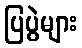
ပြပွဲများ